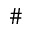
\#